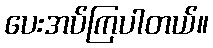
ပေးအပ်ကြပါတယ်။